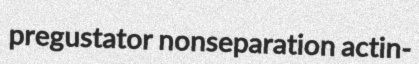
pregustator nonseparation actin-